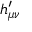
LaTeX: h _ { \mu \nu } ^ { \prime }